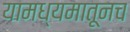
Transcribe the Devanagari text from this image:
यामध्यमातूनच